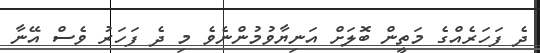
ދެ ފަހަރެއްގެ މަތީން ބޮލަށް އަނިޔާވުމުންނެވެ މި ދެ ފަހަރު ވެސް އޭނާ